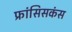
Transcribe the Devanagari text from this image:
फ्रांसिसकंस